Annual administration report of the Civil Veterinary Department of India - 1896-1897
Year: 1896
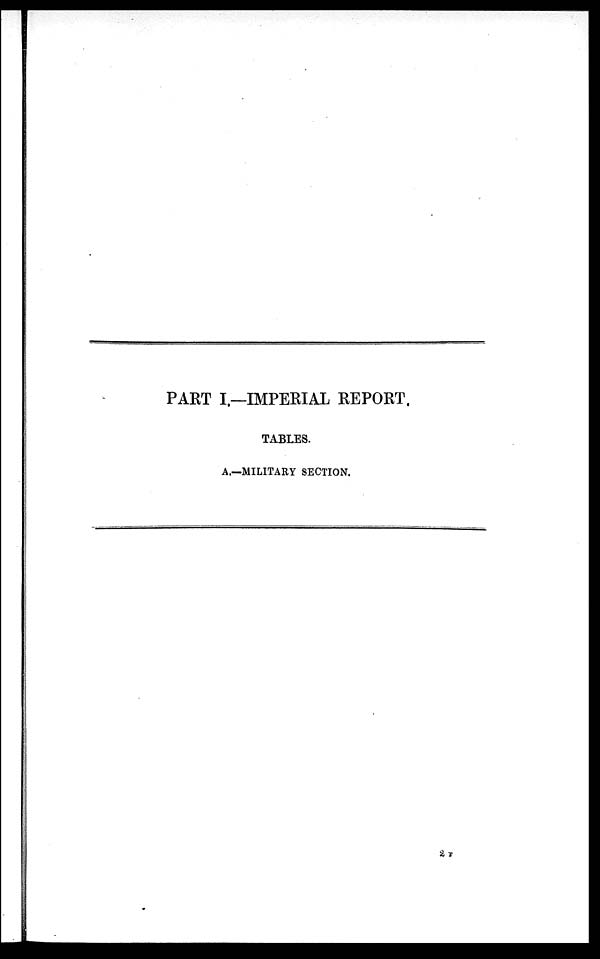
PART I.—IMPERIAL REPORT.
TABLES.
A.—MILITARY SECTION.